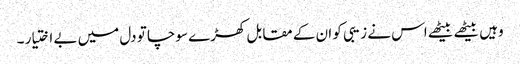
وہیں بیٹھے بیٹھے اس نے زیبی کو ان کے مقابل کھڑے سوچا تو دل میں بے اختیار ۔